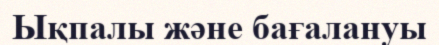
Ықпалы және бағалануы